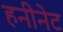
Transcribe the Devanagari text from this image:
हनीनेट